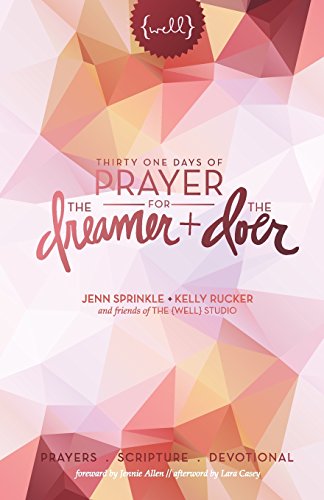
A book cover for Thirty One Days of Prayer for the Dreamer and Doer; Jenn Sprinkle; Christian Books & Bibles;